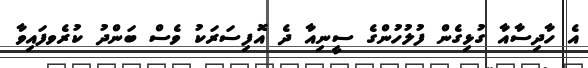
އެ ހާދިސާއާ ގުޅިގެން ފުލުހުންގެ ސީނިއާ ދެ އޮފިސަރަކު ވެސް ބަންދު ކުރެވފައިވާ